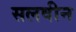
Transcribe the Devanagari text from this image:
सलवीन